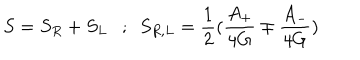
S = S _ { R } + S _ { L } ; ~ ~ S _ { R , L } = { \frac { 1 } { 2 } } ( { \frac { A _ { + } } { 4 G } } \mp { \frac { A _ { - } } { 4 G } } )